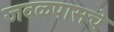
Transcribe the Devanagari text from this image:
जवळपासचे